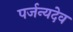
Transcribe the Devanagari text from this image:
पर्जन्यदेव